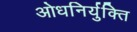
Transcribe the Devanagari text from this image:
ओधनिर्युक्ति